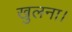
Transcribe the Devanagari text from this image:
खुलना।